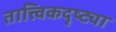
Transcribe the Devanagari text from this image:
तात्त्विकदृष्ट्या